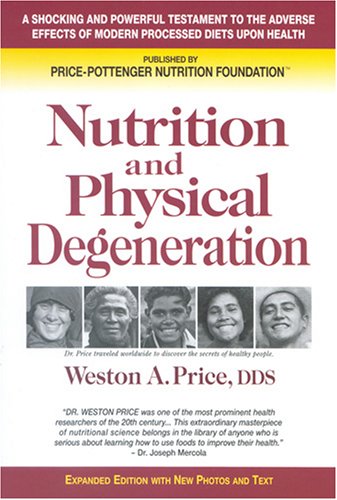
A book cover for Nutrition and Physical Degeneration; Weston A. Price; Health, Fitness & Dieting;